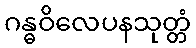
ဂန္ဓဝိလေပနသုတ္တံ